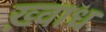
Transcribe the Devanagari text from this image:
ख़्वाध